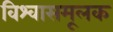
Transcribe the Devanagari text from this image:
विश्वासमूलक